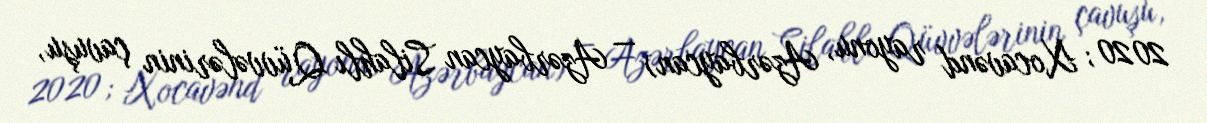
2020; Xocavənd rayonu, Azərbaycan) — Azərbaycan Silahlı Qüvvələrinin çavuşu,